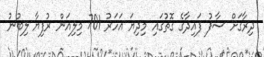
ދިރާގަށް ސާފު ފައިދާގެ ގޮތުގައި މިދިޔަ އަހަރު 701 މިލިއަން ރުފިޔާ ލިބުނު